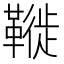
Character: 𩌦